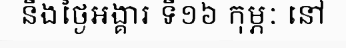
នឹងថ្ងៃអង្គារ ទី១៦ កុម្ភៈ នៅ